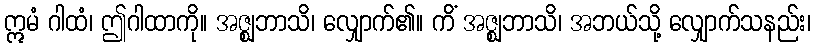
ဣမံ ဂါထံ၊ ဤဂါထာကို။ အဇ္ဈဘာသိ၊ လျှောက်၏။ ကိံ အဇ္ဈဘာသိ၊ အဘယ်သို့ လျှောက်သနည်း၊